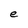
Character: e